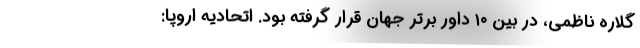
گلاره ناظمی، در بین ۱۰ داور برتر جهان قرار گرفته بود. اتحادیه اروپا: